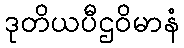
ဒုတိယပီဌဝိမာနံ